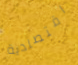
اقتصادية